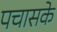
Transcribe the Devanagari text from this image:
पचासके